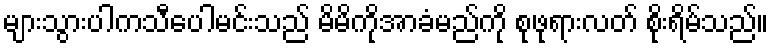
များသွားပါကသီပေါမင်းသည် မိမိကိုအာခံမည်ကို စုဖုရားလတ် စိုးရိမ်သည်။